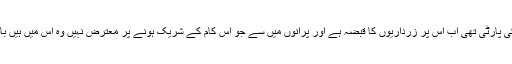
پیپلز پارٹی کبھی بھٹو کی پارٹی تھی اب اس پر زرداریوں کا قبضہ ہے اور پرانوں میں سے جو اس کام کے شریک ہونے پر معترض نہیں وہ اس میں ہیں باقی اللہ اللہ کر رہے ہیں۔